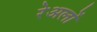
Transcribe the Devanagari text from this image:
रेअलों